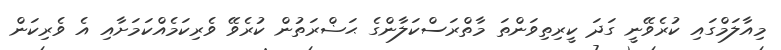
މިއާލަމްގައި ކުރެވޭނީ ގަދަ ކީރިތިވަންތަ މާތްރަސްކަލާންގެ ޙަޟްރަތުން ކުރެވޭ ވެރިކަމެއްކަމަށާއި އެ ވެރިކަން